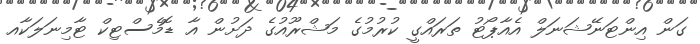
ގަން އިންޓަނޭޝަނަލް އެއާޕޯޓު ތަރައްގީ ކުރުމުގެ މަޝްރޫއުގެ ދަށުން އާ ޑޮމެސްޓިކް ޓާމިނަލަކާއ